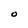
Character: O